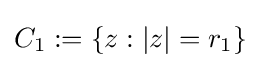
C_{1}:=\{z:|z|=r_{1}\}